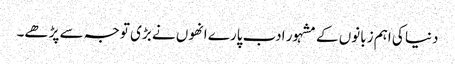
دنیا کی اہم زبانوں کے مشہور ادب پارے انھوں نے بڑی توجہ سے پڑھے۔